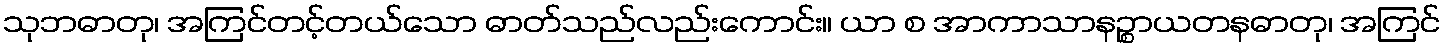
သုဘဓာတု၊ အကြင်တင့်တယ်သော ဓာတ်သည်လည်းကောင်း။ ယာ စ အာကာသာနဉ္စာယတနဓာတု၊ အကြင်